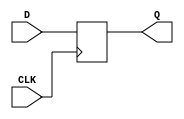
module d_flip_flop (
    input D,
    input CLK,
    output reg Q
);

always @(negedge CLK)
begin
    Q <= D;
end

endmodule